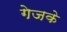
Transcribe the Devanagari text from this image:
गेजके